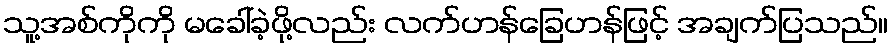
သူ့အစ်ကိုကို မခေါ်ခဲ့ဖို့လည်း လက်ဟန်ခြေဟန်ဖြင့် အချက်ပြသည်။